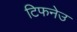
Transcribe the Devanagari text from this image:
टिफनेउ